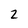
Character: 2